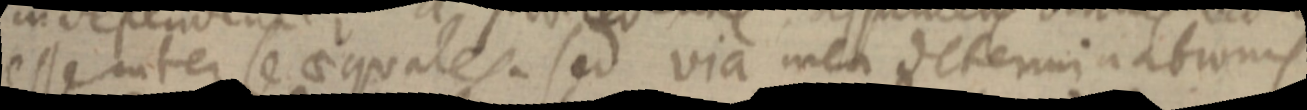
esse inter se aequales. sed via mea determinationis